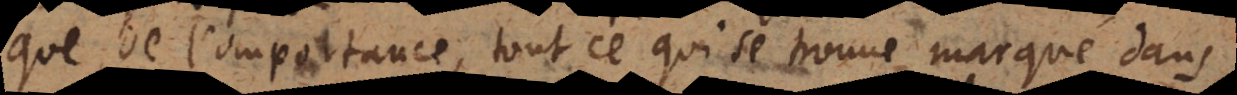
que de l’importance, tout ce qui se trouve marqué dans